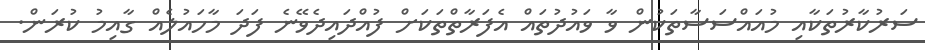
ސަރުކާރުތަކާއި މުއައްސަސާތަކުން ވާ ވައުދުތައް އެފަރާތްތަކަށް ފުއްދައިދެވޭނެ ފަދަ މާހައުލެއް ގާއިމު ކުރަން.